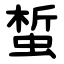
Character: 蜤